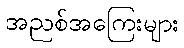
အညစ်အကြေးများ